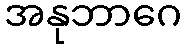
အနုဘာဂေ